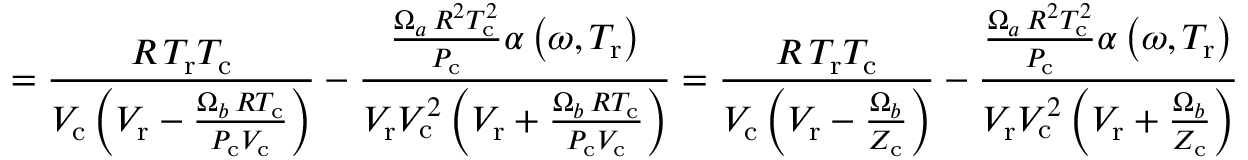
= { \frac { R \, T _ { \mathrm { r } } T _ { \mathrm { c } } } { V _ { \mathrm { c } } \left( V _ { \mathrm { r } } - { \frac { \Omega _ { b } \, R T _ { \mathrm { c } } } { P _ { \mathrm { c } } V _ { \mathrm { c } } } } \right) } } - { \frac { { \frac { \Omega _ { a } \, R ^ { 2 } T _ { \mathrm { c } } ^ { 2 } } { P _ { \mathrm { c } } } } \alpha \left( \omega , T _ { \mathrm { r } } \right) } { V _ { \mathrm { r } } V _ { \mathrm { c } } ^ { 2 } \left( V _ { \mathrm { r } } + { \frac { \Omega _ { b } \, R T _ { \mathrm { c } } } { P _ { \mathrm { c } } V _ { \mathrm { c } } } } \right) } } = { \frac { R \, T _ { \mathrm { r } } T _ { \mathrm { c } } } { V _ { \mathrm { c } } \left( V _ { \mathrm { r } } - { \frac { \Omega _ { b } } { Z _ { \mathrm { c } } } } \right) } } - { \frac { { \frac { \Omega _ { a } \, R ^ { 2 } T _ { \mathrm { c } } ^ { 2 } } { P _ { \mathrm { c } } } } \alpha \left( \omega , T _ { \mathrm { r } } \right) } { V _ { \mathrm { r } } V _ { \mathrm { c } } ^ { 2 } \left( V _ { \mathrm { r } } + { \frac { \Omega _ { b } } { Z _ { \mathrm { c } } } } \right) } }